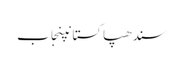
سندھپاکستانپنجاب